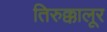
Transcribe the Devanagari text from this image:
तिरुक्कालूर